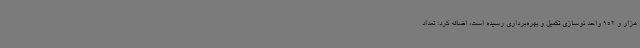
هزار و 952 واحد نوسازی تکمیل و بهره‌برداری رسیده است، اضافه کرد: تعداد